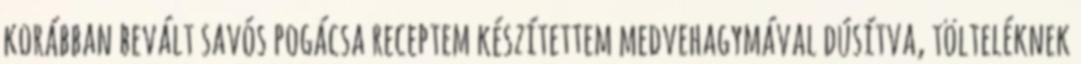
korábban bevált savós pogácsa receptem készítettem medvehagymával dúsítva, tölteléknek